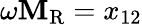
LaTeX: \omega\mathbf{M}_{\mathrm{{R}}}=x_{12}